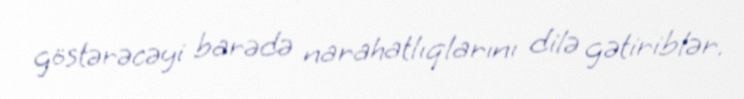
göstərəcəyi barədə narahatlıqlarını dilə gətiriblər.